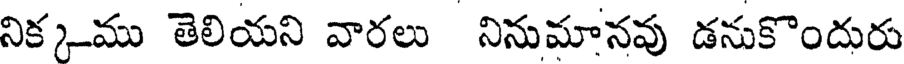
నిక్కము తెలియని వారలు నినుమానవు డనుకొందురు